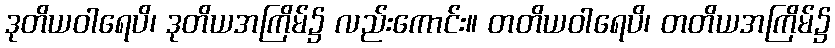
ဒုတိယဝါရေပိ၊ ဒုတိယအကြိမ်၌ လည်းကောင်း။ တတိယဝါရေပိ၊ တတိယအကြိမ်၌